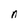
Character: n